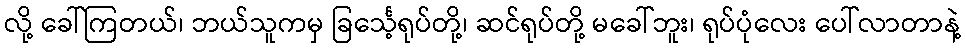
လို့ ခေါ်ကြတယ်၊ ဘယ်သူကမှ ခြင်္သေ့ရုပ်တို့၊ ဆင်ရုပ်တို့ မခေါ်ဘူး၊ ရုပ်ပုံလေး ပေါ်လာတာနဲ့